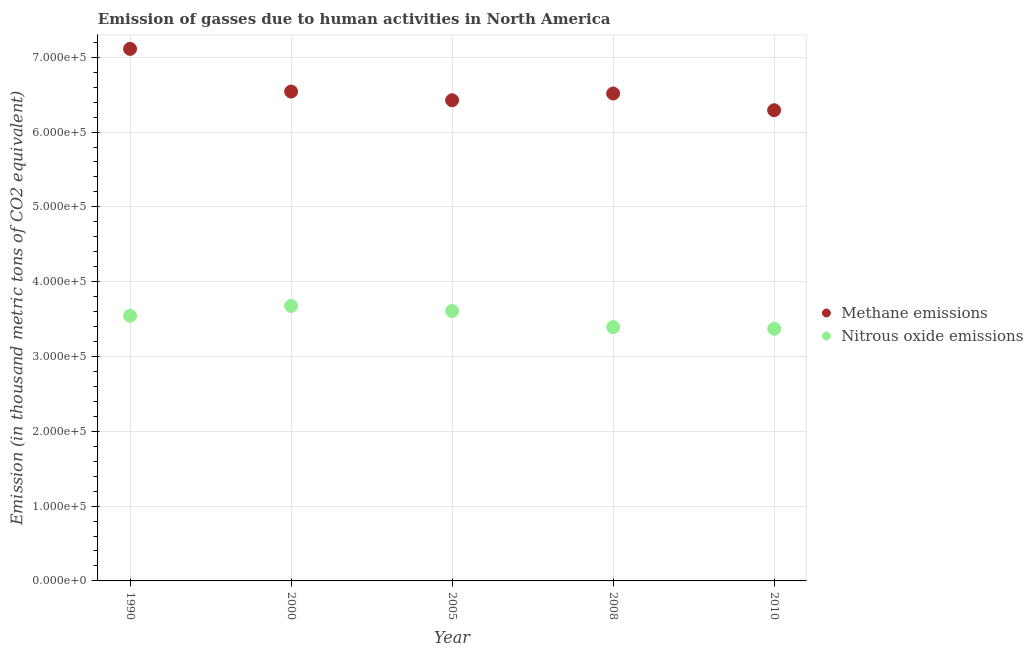
| Year | Methane emissions | Nitrous oxide emissions |
 | --- | --- | --- |
 | 1990 | 7.11e+05 | 3.54e+05 |
 | 2000 | 6.54e+05 | 3.68e+05 |
 | 2005 | 6.42e+05 | 3.61e+05 |
 | 2008 | 6.52e+05 | 3.39e+05 |
 | 2010 | 6.29e+05 | 3.37e+05 |